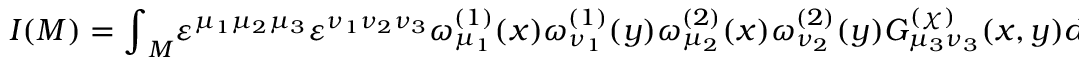
I ( { \cal M } ) = { \int } _ { \cal M } { \varepsilon } ^ { { \mu } _ { 1 } { \mu } _ { 2 } { \mu } _ { 3 } } { \varepsilon } ^ { { \nu } _ { 1 } { \nu } _ { 2 } { \nu } _ { 3 } } { \omega } _ { { \mu } _ { 1 } } ^ { ( 1 ) } ( x ) { \omega } _ { { \nu } _ { 1 } } ^ { ( 1 ) } ( y ) { \omega } _ { { \mu } _ { 2 } } ^ { ( 2 ) } ( x ) { \omega } _ { { \nu } _ { 2 } } ^ { ( 2 ) } ( y ) G _ { { \mu } _ { 3 } { \nu } _ { 3 } } ^ { ( \chi ) } ( x , y ) d ^ { 3 } x d ^ { 3 } y ,